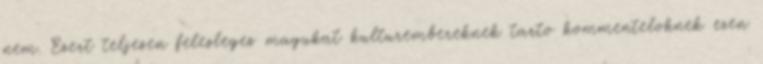
nem. Ezert teljesen felesleges magukat kulturembereknek tarto kommenteloknek ezen